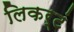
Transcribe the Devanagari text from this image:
लिकर्टं